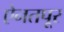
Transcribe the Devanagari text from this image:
ऐनतपूर